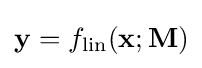
\mathbf {y} =f_{\text{lin}}(\mathbf {x} ;\mathbf {M} )